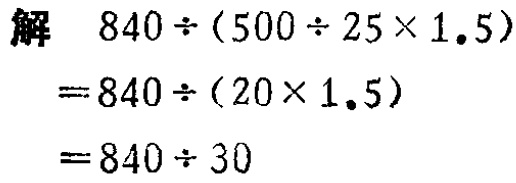
\[
\begin{align*}
&解\quad840\div(500\div25\times1.5)\\
&=840\div(20\times1.5)\\
&=840\div30
\end{align*}
\]